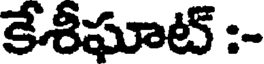
కేశీఘాట్ :-